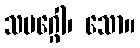
သမဂ္ဂေါ၊ သော။